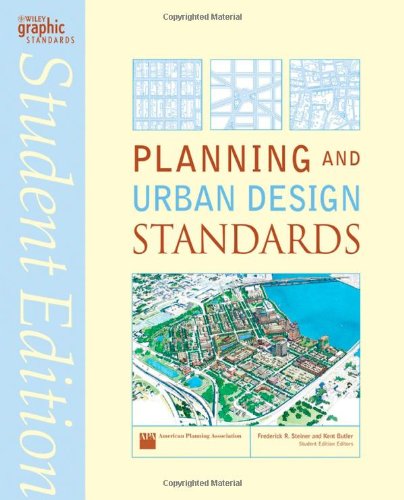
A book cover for Planning and Urban Design Standards; American Planning Association; Arts & Photography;